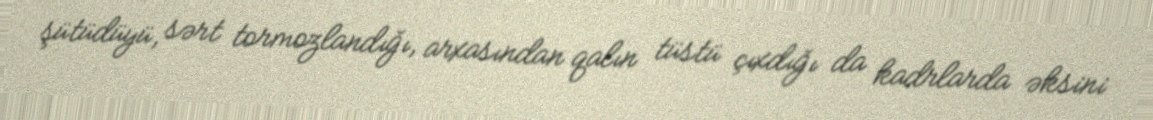
şütüdüyü, sərt tormozlandığı, arxasından qalın tüstü çıxdığı da kadrlarda əksini